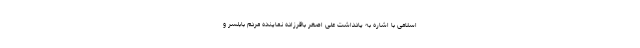
اسلامی با اشاره به یادداشت علی اصغر باقرزاده نماینده مردم بابلسر و